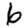
Digit: 6